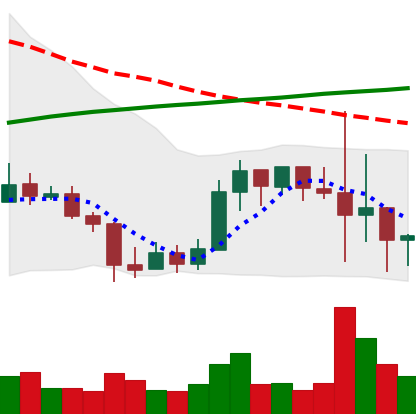
Ticker: LINK-USD
Chart end date: 2019-09-27
Forward return: 20.746%
Label: up_7plus